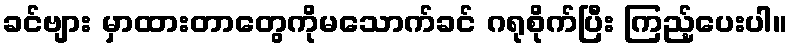
ခင်ဗျား မှာထားတာတွေကိုမသောက်ခင် ဂရုစိုက်ပြီး ကြည့်ပေးပါ။